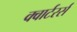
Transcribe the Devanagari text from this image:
क्वार्टरर्स